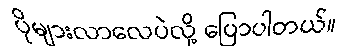
ပိုများလာလေပဲလို့ ပြောပါတယ်။